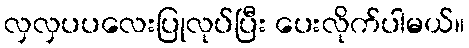
လှလှပပလေးပြုလုပ်ပြီး ပေးလိုက်ပါမယ်။